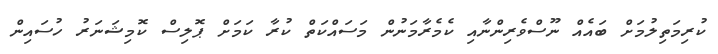
ކުރިމަތިލުމަށް ބައެއް ނޫސްވެރިންނާއި ކެމެރާމަނުން މަސައްކަތް ކުރާ ކަމަށް ޕޮލިސް ކޮމިޝަނަރު ހުސައިން